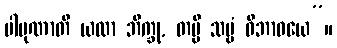
ပါပုဏာတိ ယထာ ဘိက္ခု, တမ္ပိ သဗ္ဗံ ဝိဘာဝယေ”။